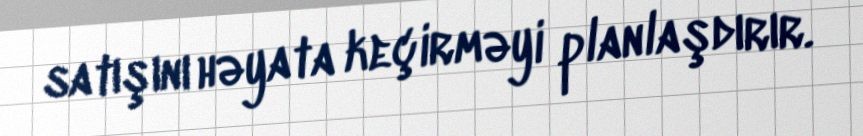
satışını həyata keçirməyi planlaşdırır.